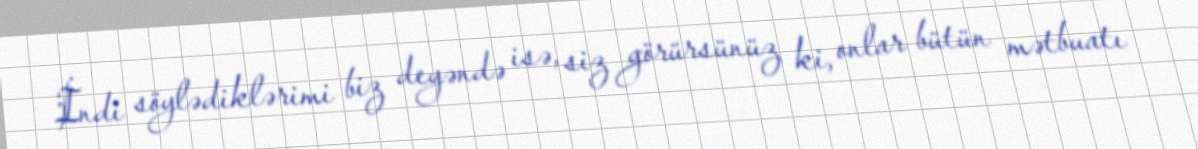
İndi söylədiklərimi biz deyəndə isə, siz görürsünüz ki, onlar bütün mətbuatı